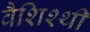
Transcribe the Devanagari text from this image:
वैशिश्थी